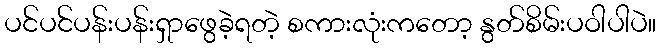
ပင်ပင်ပန်းပန်းရှာဖွေခဲ့ရတဲ့ စကားလုံးကတော့ နွတ်စိမ်းပဝါပါပဲ။